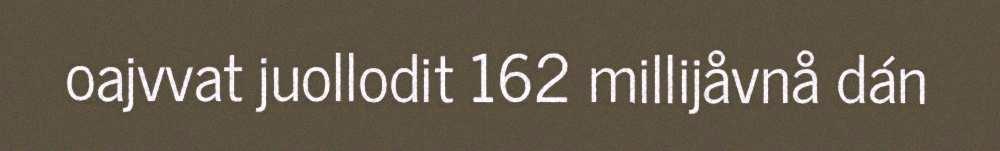
oajvvat juollodit 162 millijåvnå dán